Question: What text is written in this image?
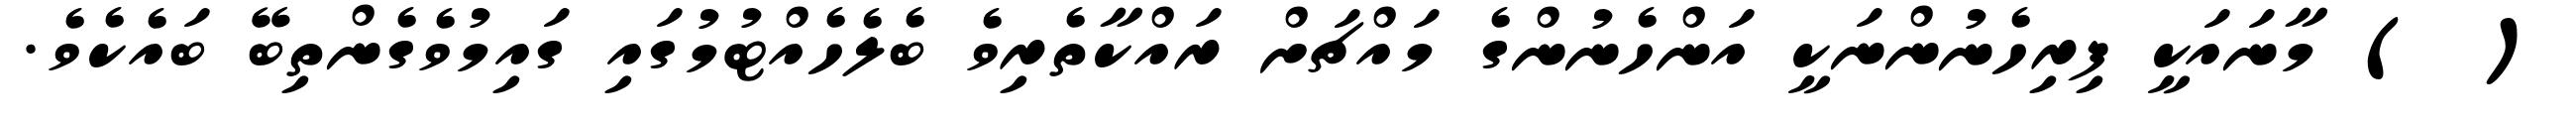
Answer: ( ) މާނައަކީ ފިރިހެނުންނަކީ އަންހެނުންގެ މައްޗަށް ރައްކާތެރިވެ ބެލެހެއްޓުމުގައި ގައިމުވެގެންތިބޭ ބައެކެވެ.